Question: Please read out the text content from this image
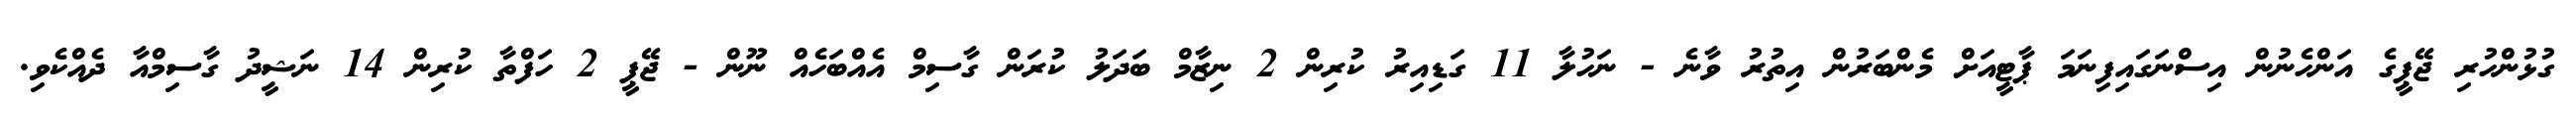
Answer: ގުޅުންހުރި ޖޭޕީގެ އަންހެނުން އިސްނަގައިފިނަމަ ޕާޓީއަށް މެންބަރުން އިތުރު ވާނެ - ނަހުލާ 11 ގަޑިއިރު ކުރިން 2 ނިޒާމް ބަދަލު ކުރަން ގާސިމް އެއްބަހެއް ނޫން - ޖޭޕީ 2 ހަފްތާ ކުރިން 14 ނަޝީދު ގާސިމްއާ ދެއްކެވި.